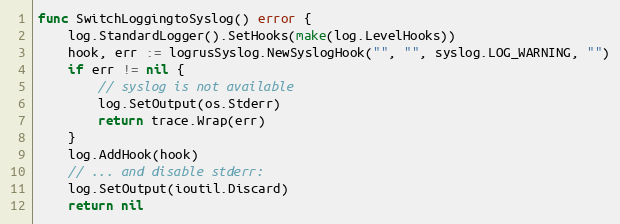
Language: Go
func SwitchLoggingtoSyslog() error {
	log.StandardLogger().SetHooks(make(log.LevelHooks))
	hook, err := logrusSyslog.NewSyslogHook("", "", syslog.LOG_WARNING, "")
	if err != nil {
		// syslog is not available
		log.SetOutput(os.Stderr)
		return trace.Wrap(err)
	}
	log.AddHook(hook)
	// ... and disable stderr:
	log.SetOutput(ioutil.Discard)
	return nil